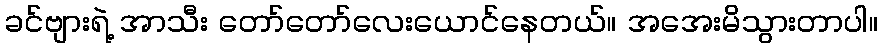
ခင်ဗျားရဲ့ အာသီး တော်တော်လေးယောင်နေတယ်။ အအေးမိသွားတာပါ။